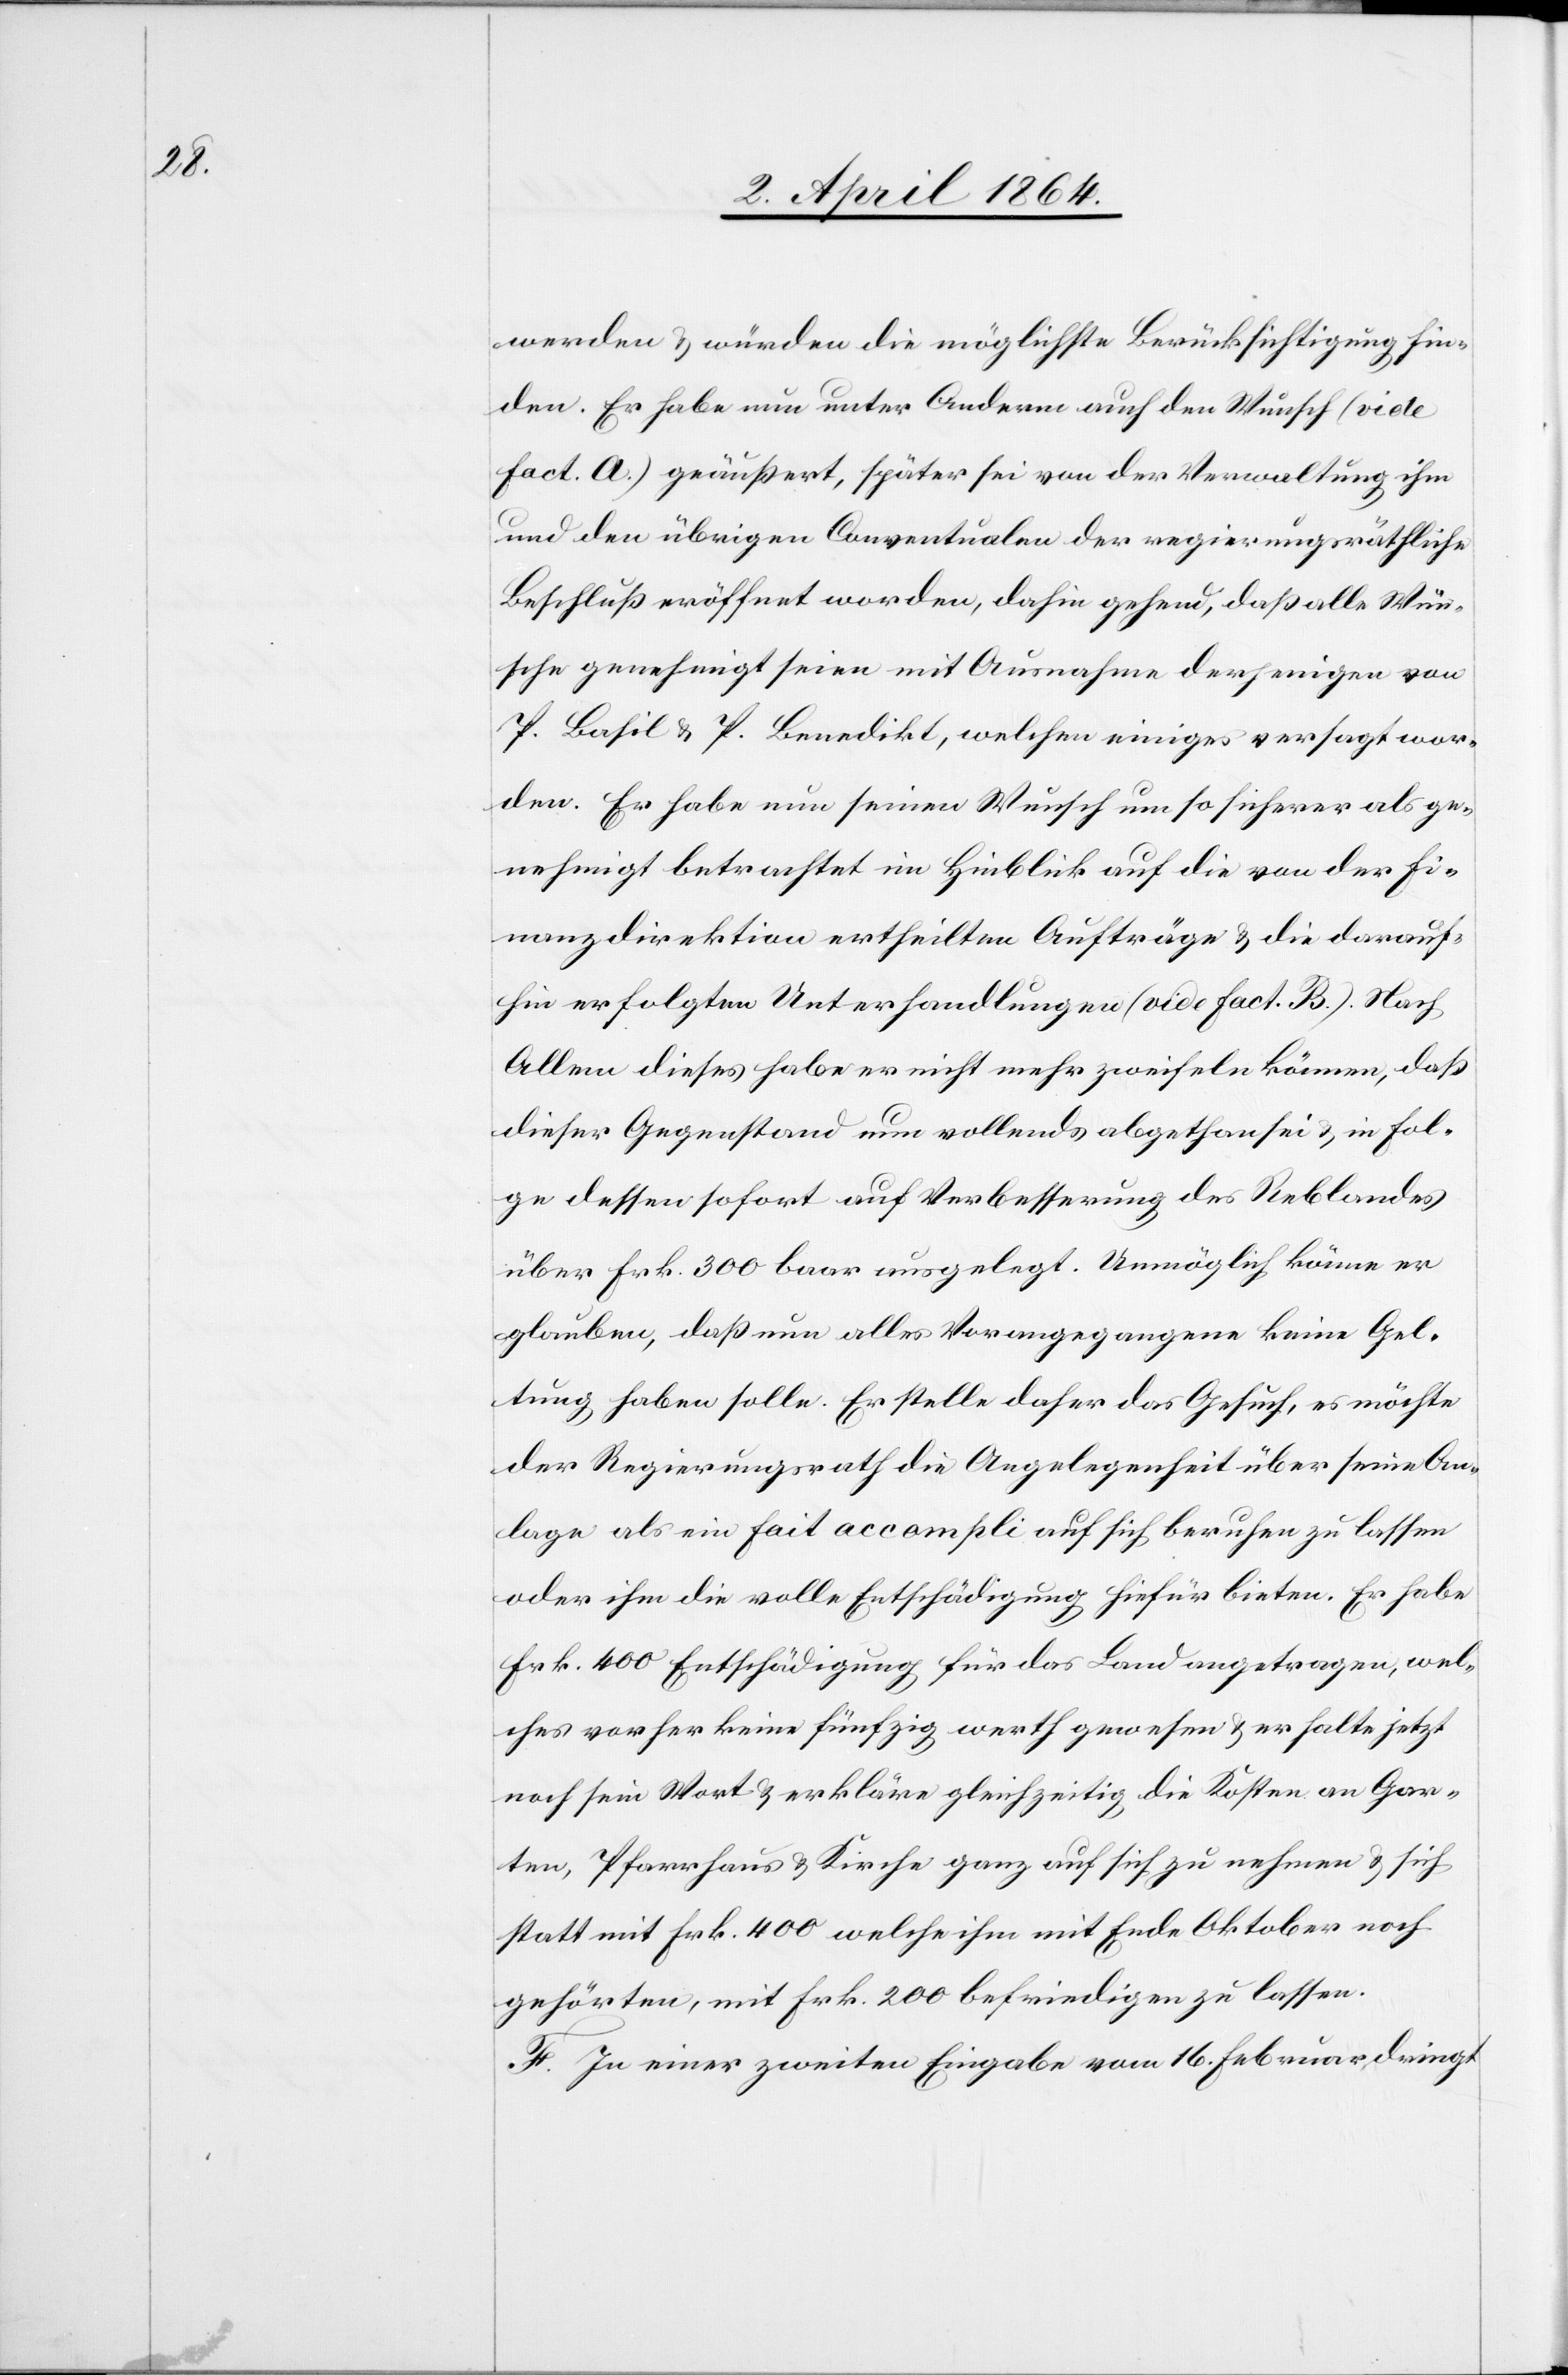
werden u. würden die möglichste Berücksichtigung fin¬
den. Er habe nun unter Anderm auch den Wunsch (vide
fact. A.) geäußert, später sei von der Verwaltung ihm
und den übrigen Conventualen der regierungsräthliche
Beschluß eröffnet worden, dahin gehend, daß alle Wün¬
sche genehmigt seien mit Ausnahme derjenigen von
P. Basil u. P. Benedikt, welchen einiges versagt wor¬
den. Er habe nun seinen Wunsch um so sicherer als ge¬
nehmigt betrachtet im Hinblick auf die von der Fi¬
nanzdirektion ertheilten Aufträge u. die darauf¬
hin erfolgten Unterhandlungen (vide fact. B.). Nach
Allem dieses [sic!] habe er nicht mehr zweifeln können, daß
dieser Gegenstand nun vollends abgethan sei u. in Fol¬
ge dessen sofort auf Verbesserung des Reblandes
über Frk. 300 baar ausgelegt. Unmöglich könne er
glauben, daß nun alles Vorangegangene keine Gel¬
tung haben solle. Er stelle daher das Gesuch, es möchte
der Regierungsrath die Angelegenheit über seine An¬
lage als ein fait accompli auf sich beruhen lassen
oder ihm die volle Entschädigung hiefür bieten. Er habe
Frk. 400 Entschädigung für das Land angetragen, wel¬
ches vorher keine fünfzig werth gewesen u. er halte jetzt
noch sein Wort u. erkläre gleichzeitig, die Kosten an Gar¬
ten, Pfarrhaus u. Kirche ganz auf sich zu nehmen u. sich
statt mit Frk. 400 welche ihm mit Ende Oktober noch
gehörten, mit Frk. 200 befriedigen zu lassen.
F. In einer zweiten Eingabe vom 16. Februar dringt